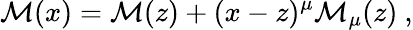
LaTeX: {\cal M}(x)={\cal M}(z)+(x-z)^{\mu}{\cal M}_{\mu}(z)\ ,